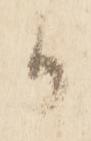
御